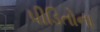
પીડિતોના